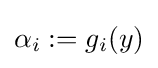
\alpha _{i}:=g_{i}(y)